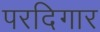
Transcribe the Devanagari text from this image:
परदिगार